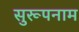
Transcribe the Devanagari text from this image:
सुरूपनाम